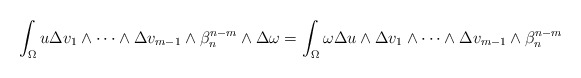
\begin{align*} \int_\Omega u\Delta v_1\wedge\dots\wedge \Delta v_{m-1}\wedge\beta_n^{n-m}\wedge\Delta \omega=\int_\Omega \omega\Delta u\wedge\Delta v_1\wedge\dots\wedge \Delta v_{m-1}\wedge\beta_n^{n-m} \end{align*}